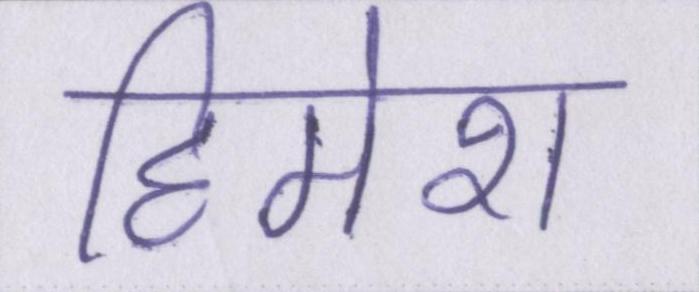
हिमेश